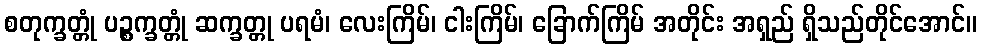
စတုက္ခတ္တုံ ပဉ္စက္ခတ္တုံ ဆက္ခတ္တု ပရမံ၊ လေးကြိမ်၊ ငါးကြိမ်၊ ခြောက်ကြိမ် အတိုင်း အရှည် ရှိသည်တိုင်အောင်။